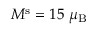
M ^ { \mathrm { s } } = 1 5 ~ \mu _ { \mathrm { B } }